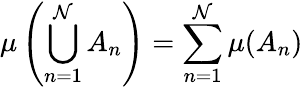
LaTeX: \mu\left(\bigcup_{n=1}^{\mathcal{N}}A_{n}\right)=\sum_{n=1}^{\mathcal{N}}\mu(A_{n})